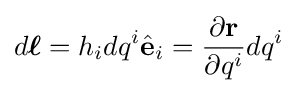
d{\boldsymbol {\ell }}=h_{i}dq^{i}{\hat {\mathbf {e} }}_{i}={\frac {\partial \mathbf {r} }{\partial q^{i}}}dq^{i}